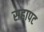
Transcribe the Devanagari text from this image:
सहापट